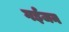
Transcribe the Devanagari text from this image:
गईजन